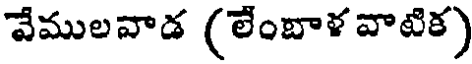
వేములవాడ (లేంబాళ వాటిక)